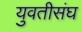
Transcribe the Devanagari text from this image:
युवतीसंघ